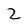
Character: 2